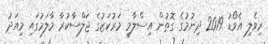
ރިވެލި އެވޯޑު 2019 ދިނުމުގެ ގޮތުން އިސްލާމީ މަރުކަޒުގެ ޖަލްސާކުރާ މާލަމުގައި މިއަދު